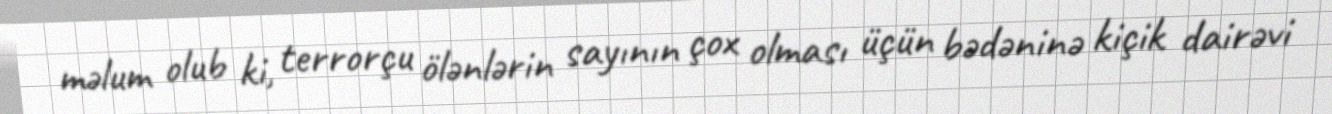
məlum olub ki, terrorçu ölənlərin sayının çox olması üçün bədəninə kiçik dairəvi